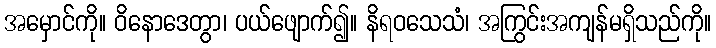
အမှောင်ကို။ ဝိနောဒေတွာ၊ ပယ်ဖျောက်၍။ နိရဝသေသံ၊ အကြွင်းအကျန်မရှိသည်ကို။